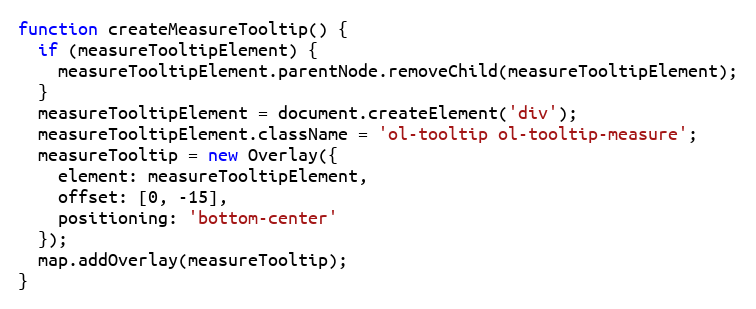
Language: JavaScript
function createMeasureTooltip() {
  if (measureTooltipElement) {
    measureTooltipElement.parentNode.removeChild(measureTooltipElement);
  }
  measureTooltipElement = document.createElement('div');
  measureTooltipElement.className = 'ol-tooltip ol-tooltip-measure';
  measureTooltip = new Overlay({
    element: measureTooltipElement,
    offset: [0, -15],
    positioning: 'bottom-center'
  });
  map.addOverlay(measureTooltip);
}